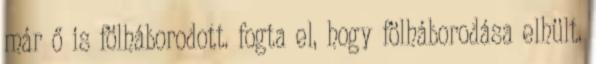
már ő is fölháborodott. fogta el, hogy fölháborodása elhült.